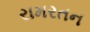
રામરતન